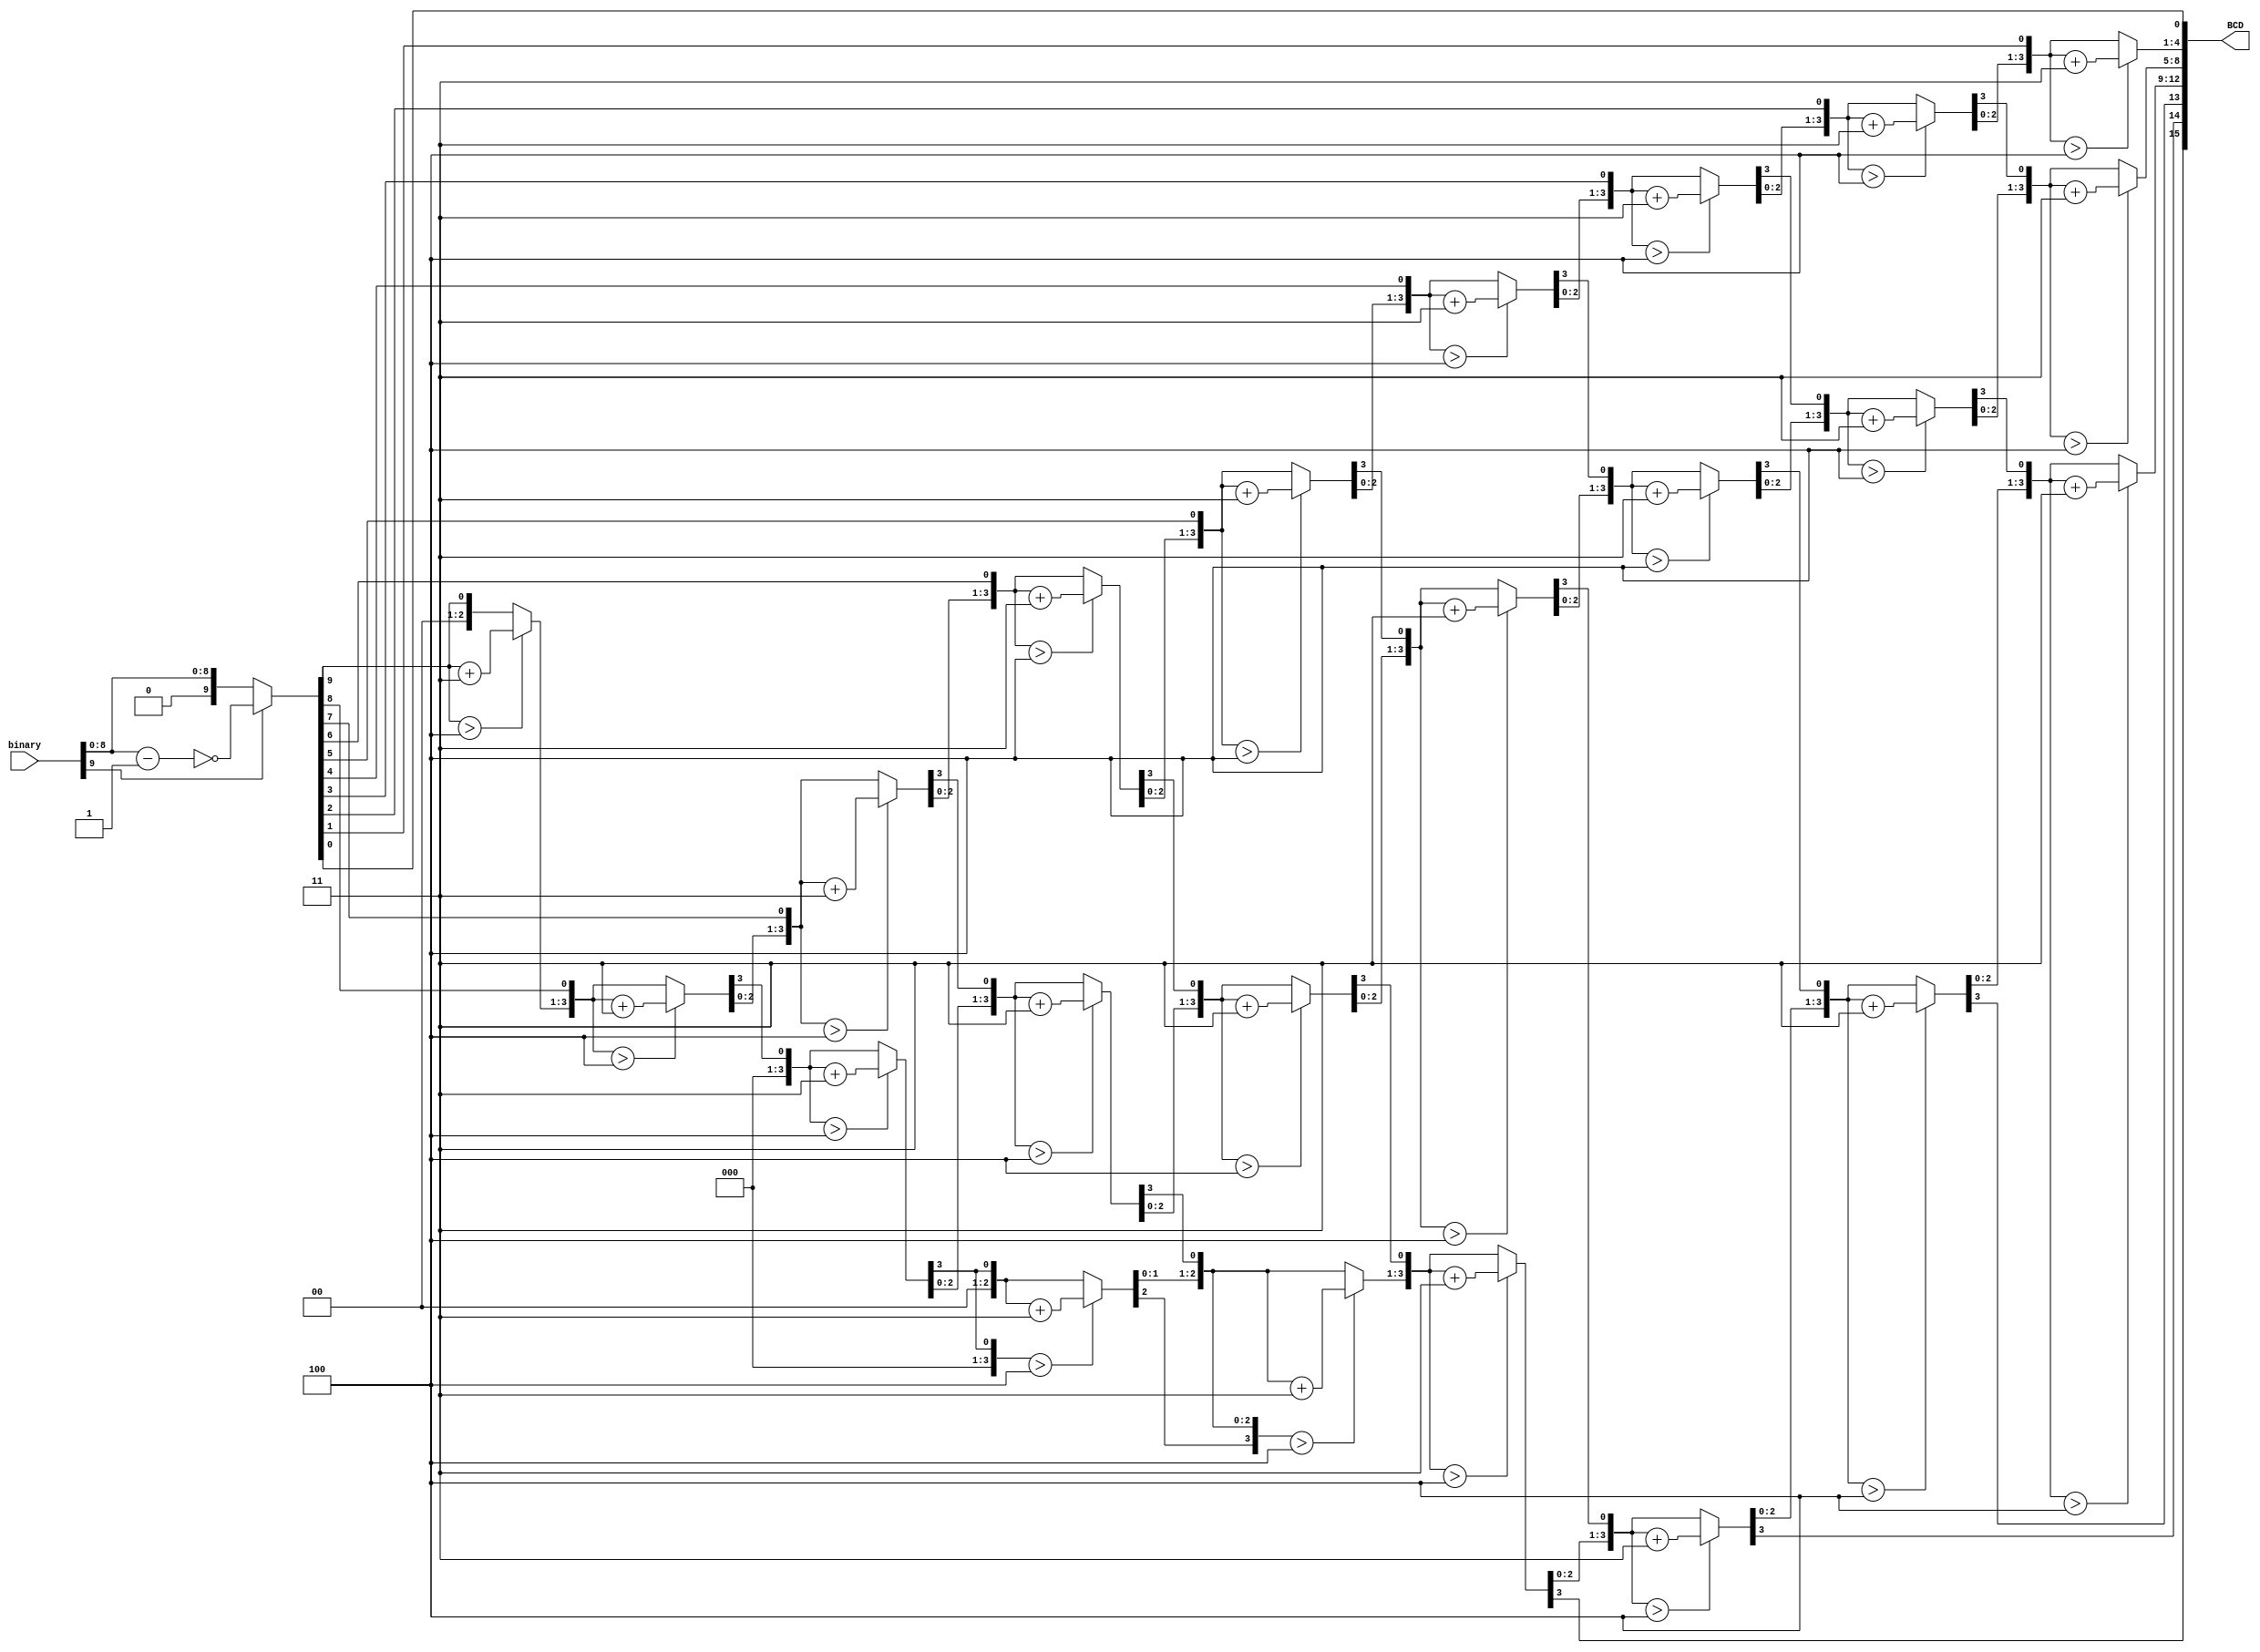
module binary_BCD (binary,BCD);

input [9:0]binary;
output [15:0]BCD;


reg [25:0]Rg;
reg [3:0]i;
wire [9:0]Mag;
wire sign_bit;

assign sign_bit = binary[9];
assign Mag = {1'b0,binary[9]? ~(binary[8:0]-1):binary[8:0]};

always @(*) begin
   // Rg = {{(16){1'b0}},Mag};
        Rg = {{4{sign_bit}},{(12){1'b0}},Mag};
        for(i = 0;i < 9;i = i + 1)begin
        Rg = Rg<<1;
      /*  if(Rg[25:22] > 4'b0100)
            Rg[25:22] = Rg[25:22] + 4'b0011;*/
        if(Rg[21:18] >  4'b0100)
            Rg[21:18] = Rg[21:18] + 4'b0011;  
        if(Rg[17:14] >  4'b0100)
            Rg[17:14] = Rg[17:14] + 4'b0011;
        if(Rg[13:10] >  4'b0100)
            Rg[13:10] = Rg[13:10] + 4'b0011;   
    end
    Rg = Rg<<1;
end
assign BCD =Rg[25:10];
//assign BCD ={{4{sign_bit}},Rg[21:10]};
endmodule